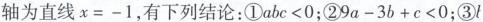
轴为直线$$x=-1$$，有下列结论：①$$abc<0$$；②$$9a-3b+c<0$$；③